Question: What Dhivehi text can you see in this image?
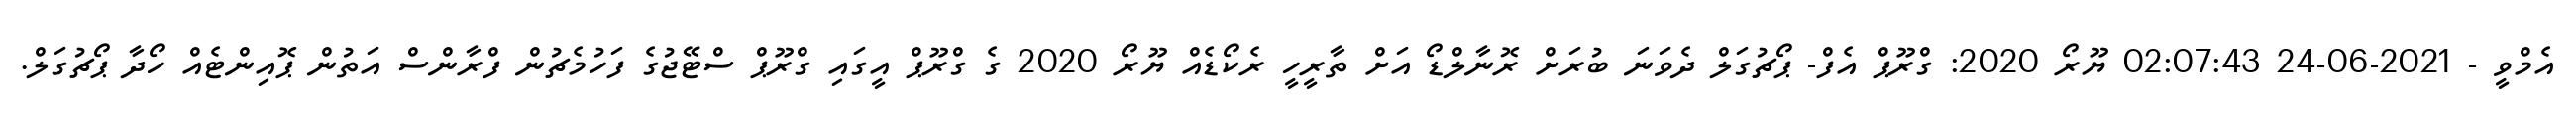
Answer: އެމްވީ - 2021-06-24 02:07:43 ޔޫރޯ 2020: ގްރޫޕް އެފް- ޕޯޗުގަލް ދެވަނަ ބުރަށް ރޮނާލްޑޯ އަށް ތާރީހީ ރެކޯޑެއް ޔޫރޯ 2020 ގެ ގްރޫޕް އީގައި ގްރޫޕް ސްޓޭޖުގެ ފަހުމެޗުން ފްރާންސް އަތުން ޕޮއިންޓެއް ހޯދާ ޕޯޗުގަލް.